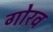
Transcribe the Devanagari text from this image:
गोरव